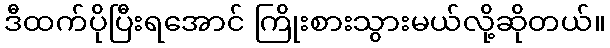
ဒီထက်ပိုပြီးရအောင် ကြိုးစားသွားမယ်လို့ဆိုတယ်။